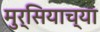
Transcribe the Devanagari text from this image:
मुर्सियाच्या